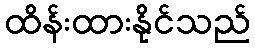
ထိန်းထားနိုင်သည်